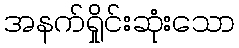
အနက်ရှိုင်းဆုံးသော